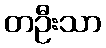
တဦးသာ